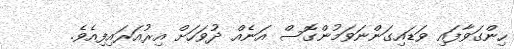
ހިންގަވާފައި ވަޑައިގަންނަވަމުންގޮސް އަނެއް ދުވަހަށް އިރުއަރައިފިއެވެ.